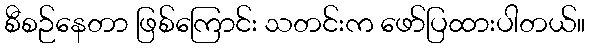
စီစဉ်နေတာ ဖြစ်ကြောင်း သတင်းက ဖော်ပြထားပါတယ်။